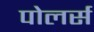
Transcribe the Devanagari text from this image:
पोलर्स